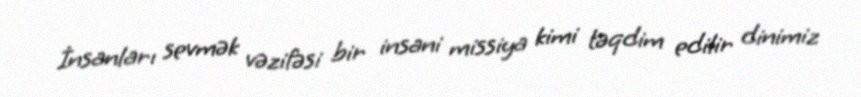
İnsanları sevmək vəzifəsi bir insani missiya kimi təqdim edilir dinimiz